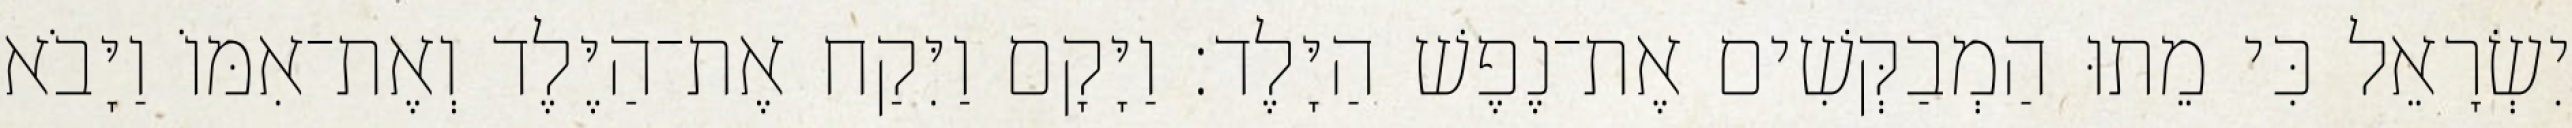
יִשְׂרָאֵל כִּי מֵתוּ הַמְבַקְּשִׁים אֶת־נֶפֶשׁ הַיָּלֶד׃ וַיָּקָם וַיִּקַח אֶת־הַיֶּלֶד וְאֶת־אִמּוֹ וַיָּבֹא